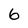
Character: 6